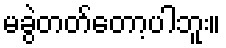
မခွဲတတ်တော့ပါဘူး။